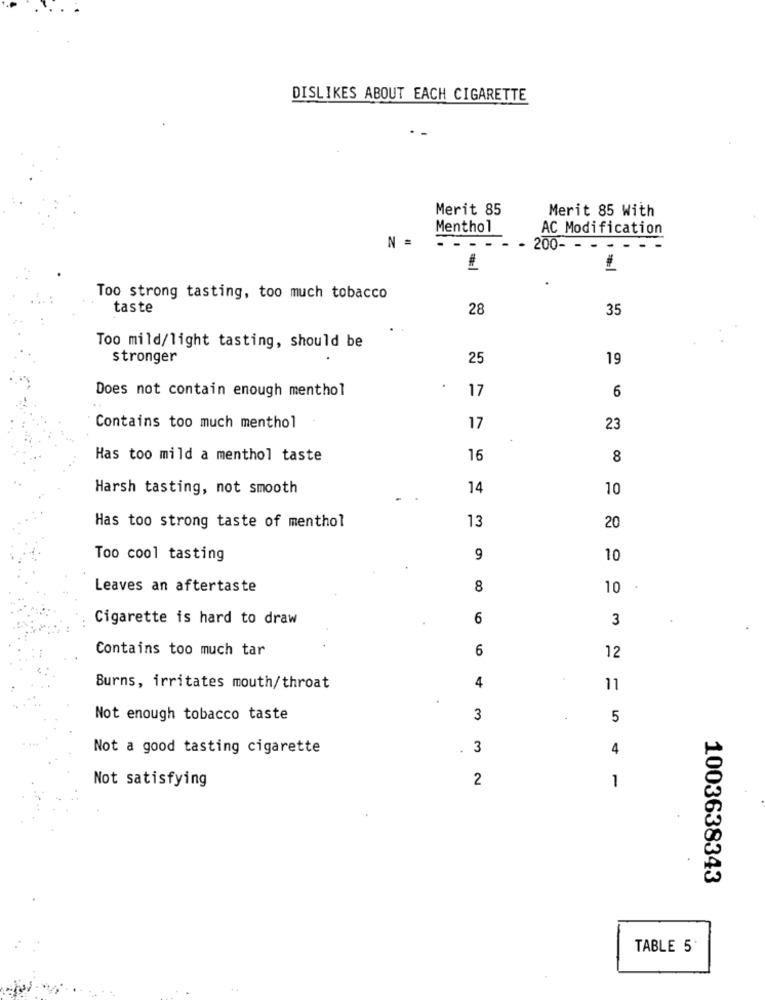
DISLIKES ABOUT EACH CIGARETTE
Merit 85
Merit 85 With
Menthol
AC Modification
N =
- .
200- -
Too strong tasting, too much tobacco
taste
28
35
Too mild/light tasting, should be
stronger
25
19
Does not contain enough menthol
17
6
Contains too much menthol
17
23
Has too mild a menthol taste
16
8
Harsh tasting, not smooth
14
10
13
Has too strong taste of menthol
20
Too cool tasting
9
10
Leaves an aftertaste
8
10
Cigarette is hard to draw
6
3
Contains too much tar
6
12
4
Burns, irritates mouth/throat
11
Not enough tobacco taste
3
5
Not a good tasting cigarette
.
3
4
Not satisfying
2
1
1003638343
TABLE 5